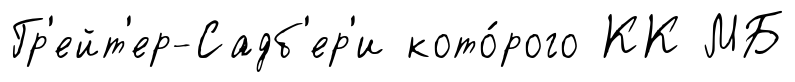
Гр'ейт'ер-Садб'ер'и кото́рого КК МБ